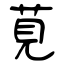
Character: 莧